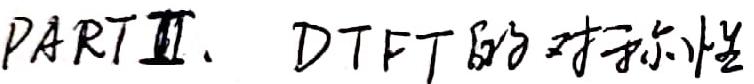
PARTⅡ、DTFT的对称性